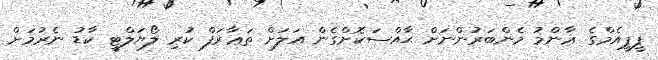
ޕީޕީއެމްގެ ޢާންމު މެންބަރުންނަށް ޙާއްސަކޮށްގެން އަލަށް ތަޢާރަފް ކުރި ލޯޔަލްޓީ ކާޑު ނެރުމަށް